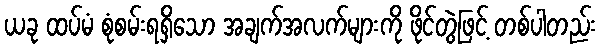
ယခု ထပ်မံ စုံစမ်းရရှိသော အချက်အလက်များကို ဖိုင်တွဲဖြင့် တစ်ပါတည်း